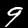
Digit: 9